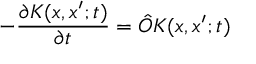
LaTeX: - { \frac { \partial K ( x , x ^ { \prime } ; t ) } { \partial t } } = { \hat { O } } K ( x , x ^ { \prime } ; t )